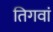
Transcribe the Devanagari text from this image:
तिगवां